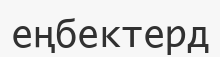
еңбектерд